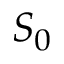
S _ { 0 }